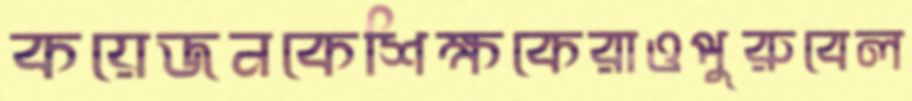
কয়েজনকেশিক্ষকেরাওপুরুবেল